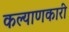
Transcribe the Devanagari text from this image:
कल्‍याणकारी